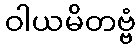
ဝါယမိတဗ္ဗံ